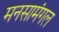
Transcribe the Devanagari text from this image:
मनसामंगल